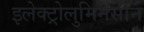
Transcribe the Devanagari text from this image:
इलेक्ट्रोलुमिनेसीन